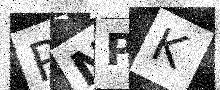
Text: RNPK